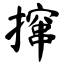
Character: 撺